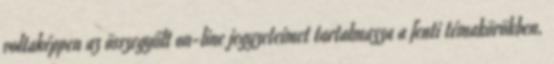
voltaképpen az összegyűlt on-line jegyzeteimet tartalmazza a fenti témakörökben.